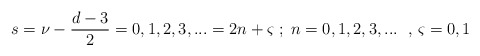
\begin{align*} s= \nu-\frac{d-3}{2} =0,1,2,3,...=2n+\varsigma \;;\; n=0,1,2,3,...\,\;\,,\,\varsigma=0,1\end{align*}